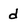
Character: d